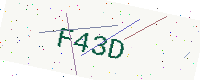
Text: F43D